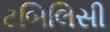
ટબિલિસી